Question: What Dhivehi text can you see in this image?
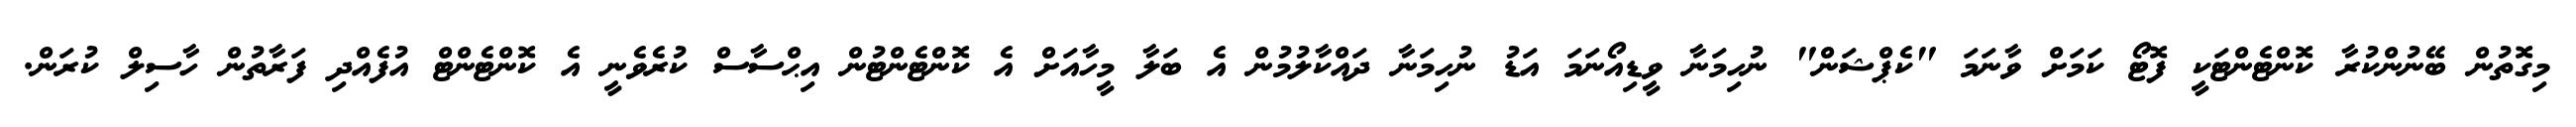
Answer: މިގޮތުން ބޭނުންކުރާ ކޮންޓެންޓަކީ ފޮޓޯ ކަމަށް ވާނަމަ "ކެޕްޝަން" ނުހިމަނާ ވީޑިއޯނަމަ އަޑު ނުހިމަނާ ދައްކާލުމުން އެ ބަލާ މީހާއަށް އެ ކޮންޓެންޓުން އިޙްސާސް ކުރެވެނީ އެ ކޮންޓެންޓް އުފެއްދި ފަރާތުން ހާސިލް ކުރަން.